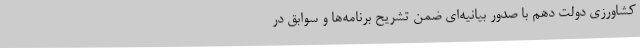
کشاورزی دولت دهم با صدور بیانیه‌ای ضمن تشریح برنامه‌ها و سوابق در